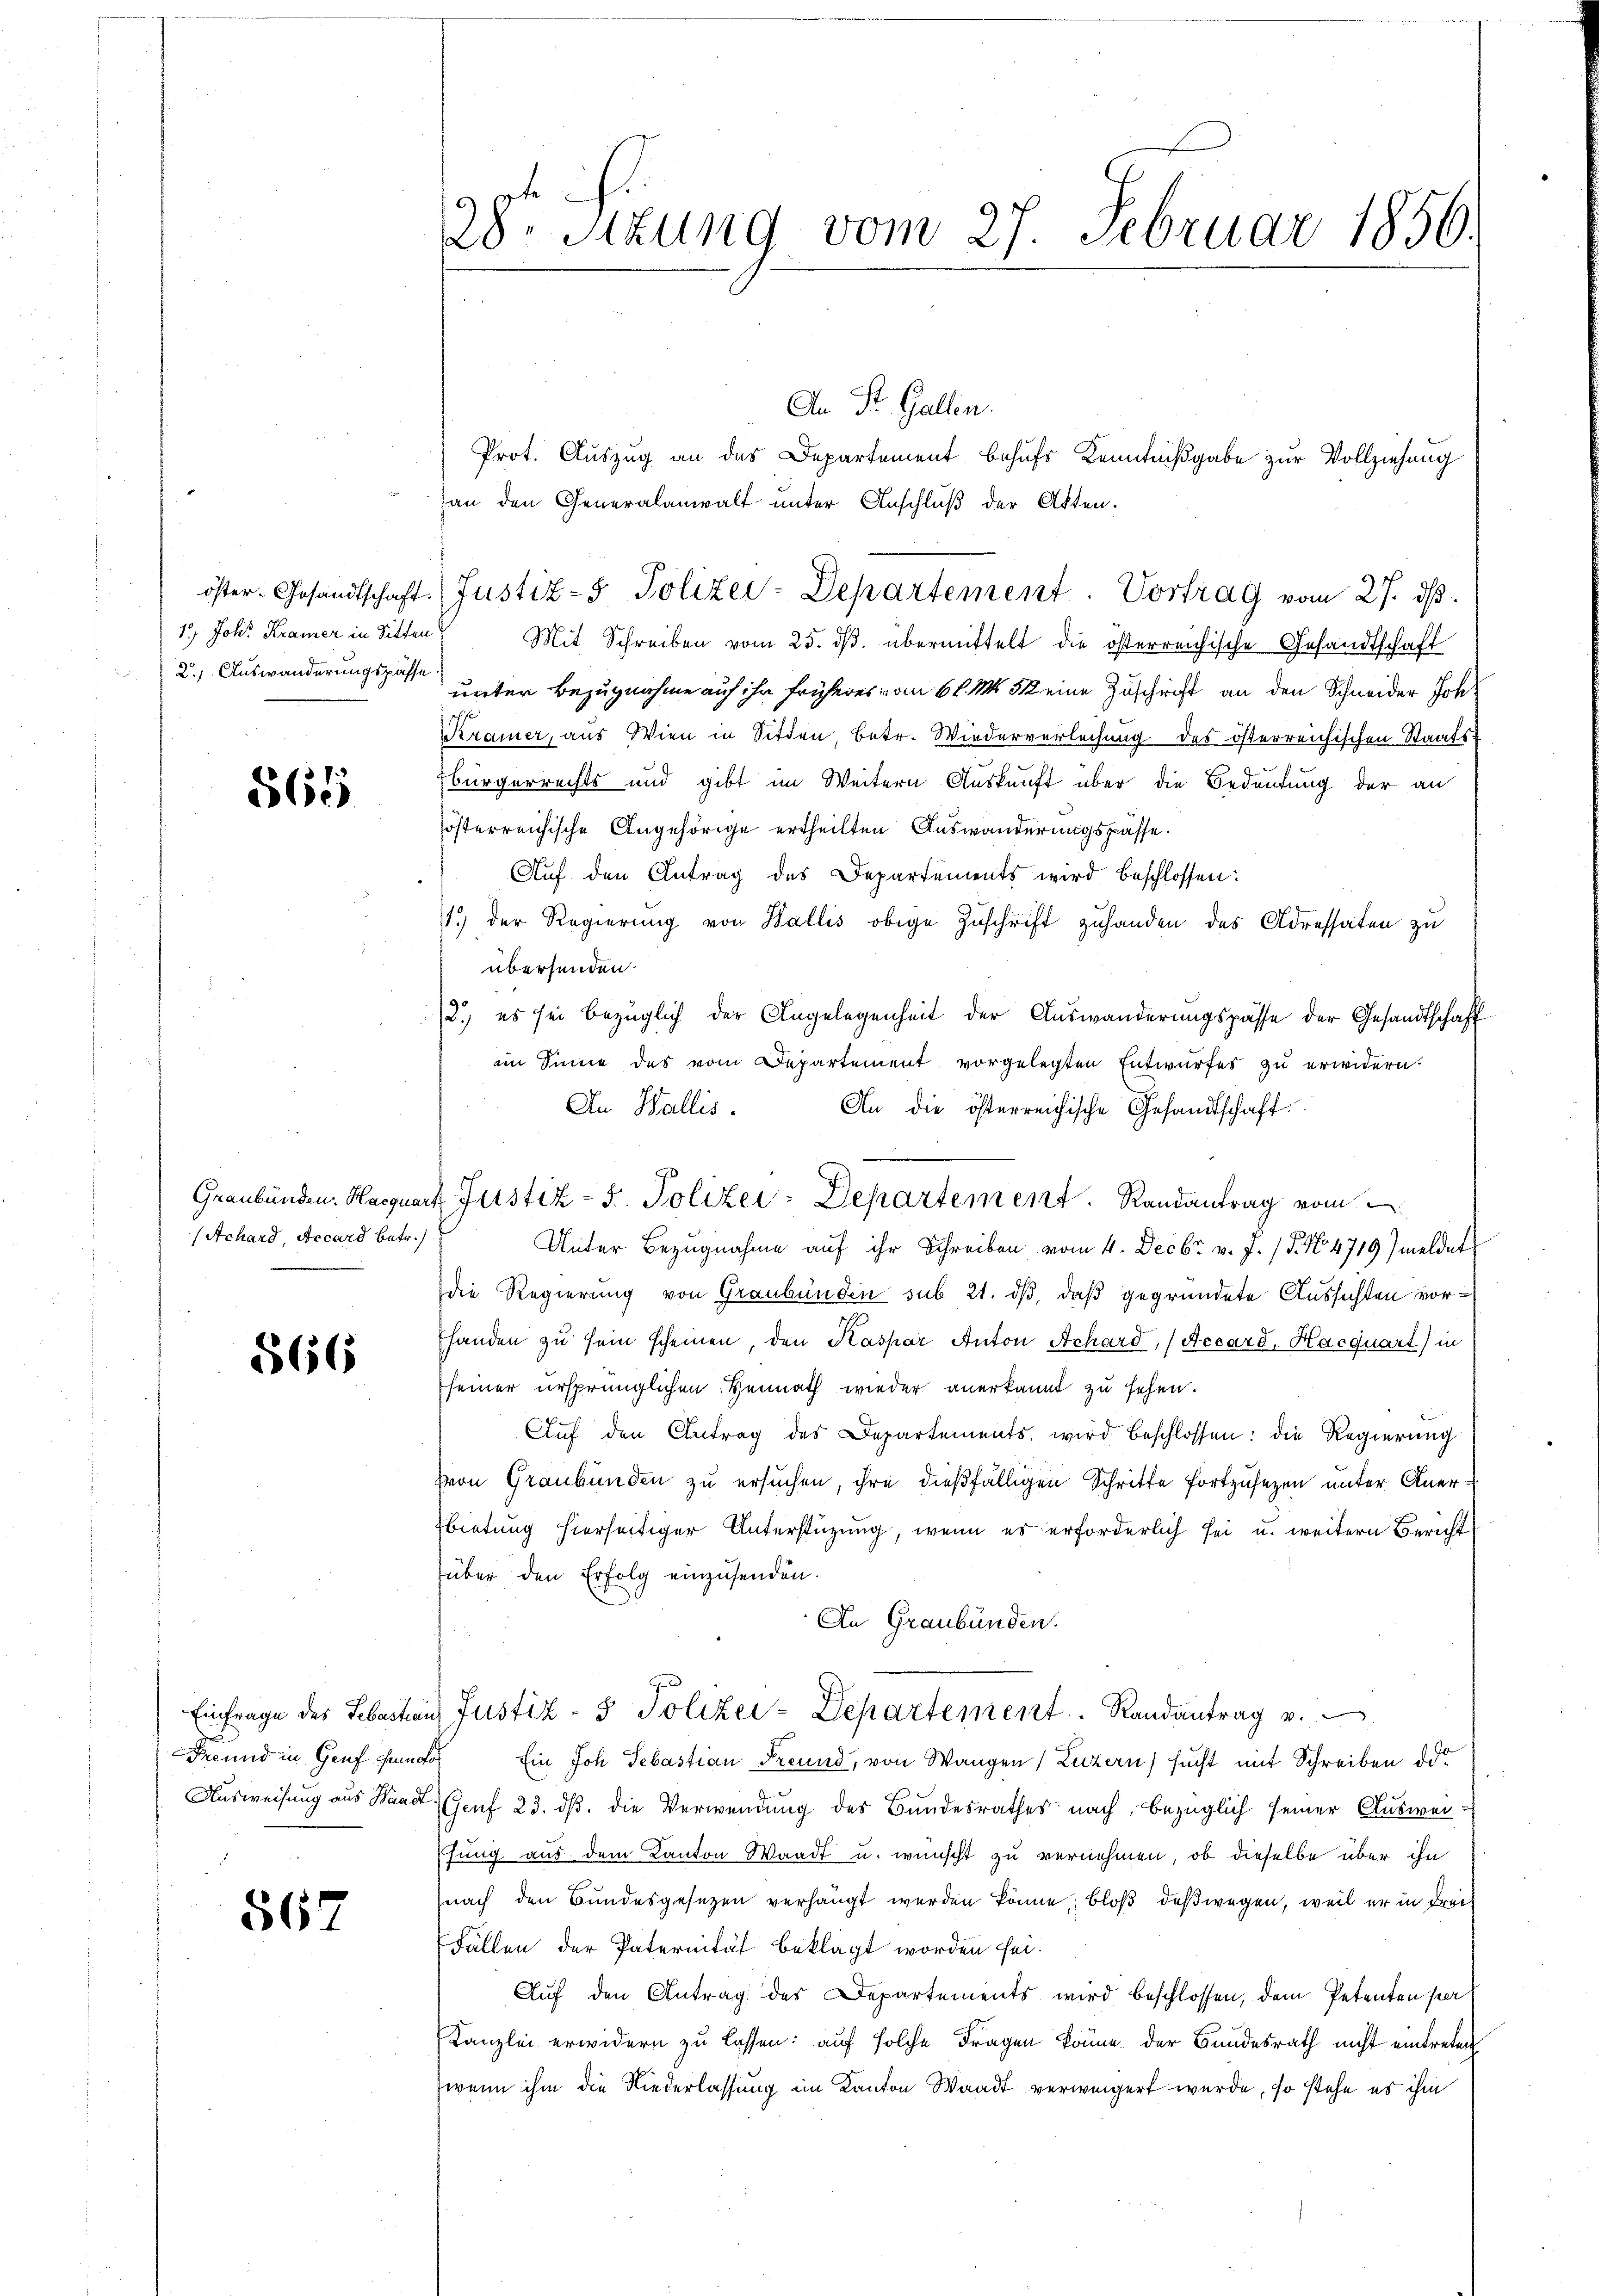
2.1. Auswanderungspasse

565

Achard, Accard betr.)

566

Freund in Genf Fundor

567

28. Sitzung vom 27. Februar 1856.

Prot. Auszug an das Departement behufs Kenntnißgabe zur Vollziehung
an den Generalanwalt unter Anschluß der Akten.
1.) Joh. Kramer in Sitten Mit Schreiben vom 25. dβ. übermittelt die österreichische Gesandtschaft
unter Bezugnahme auf ihr früheres vom 6 l. M. 512 eine Zuschrift an den Schneider Joh
Kramer, aus Wien in Sitten, betr. Wiederverleihung des österreichischen Staats-
Zbürgerrechts und gibt im Weitern Auskunft über die Bedeutung der an
österreichische Angehörige ertheilten Auswanderungspasse.
Aŭf den Antrag des Departements wird beschlossen:
1.) Der Regierung von Wallis obige Zuschrift zuhanden des Adressaten zu
übersenden.
2.) es sei bezüglich der Angelegenheit der Auswanderungspasse der Gesandtschaft
ain Sinne des vom Departement vorgelegten Entwurfes zu erwidern.
An Wallis.
An die österreichische Gesandtschaft.
Unter Bezugnahme auf ihr Schreiben vom 4. Decbr v. J. 15. No. 4719) meldet
die Regierung von Graubünden sub 21. dβ, daß gegründete Aussichten vor¬
Ehanden zu sein scheinen, den Kaspar Anton Achard, (Accard, Hacquart) in
seiner ursprünglichen Heimath wieder anerkannt zu sehen.
Auf den Antrag des Departements wird beschlossen: die Regierung
hvon Graubünden zu ersuchen, ihre dießfälligen Schritte fortzusezen unter Aner¬
Ebietung hierseitiger Unterstützung, wenn es erforderlich sei u. weitern Bericht
über den Erfolg einzusenden.
An Graubünden.
Einfrage des Sebastian Justiz- & Polizei-Departement. Randantrag v.
Ein Joh. Sebastian Freund, von Wangen, Luzern) sucht mit Schreiben de
Ausweisung aus Standt Genf 23. ds. die Verwendung des Bundesrathes nach, bezüglich seiner Ausweifung aus dem Kanton Waadt u. wünscht zu vernehmen, ob dieselbe über ihn
nach den Bundesgesezen verhängt werden könne bloß deßwegen, weil er in drei
Fällen der Paternität beklagt worden sei.
Auf den Antrag des Departements wird beschlossen, dem Petenten per
Kanzlei erwidern zu lassen: auf solche Fragen könne der Bundesrath nicht eintreten
(wenn ihm die Niederlassung im Kanton Waadt verweigert wurde, so stehe es ihm

An St. Gallen.

öster- Gesandtschaft. (Justiz- & Polizei-Departement. Vortrag vom 27. ds.

Graubünden. Hasquart Justiz - 5. Polizei-Departement. Randantrag vom